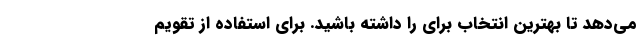
می‌دهد تا بهترین انتخاب برای را داشته باشید. برای استفاده از تقویم